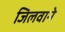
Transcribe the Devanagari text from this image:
जिलवाने